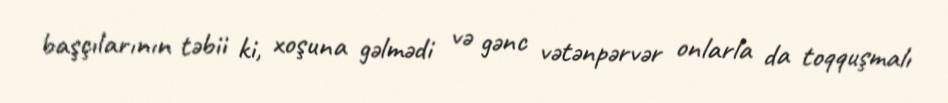
başçılarının təbii ki, xoşuna gəlmədi və gənc vətənpərvər onlarla da toqquşmalı